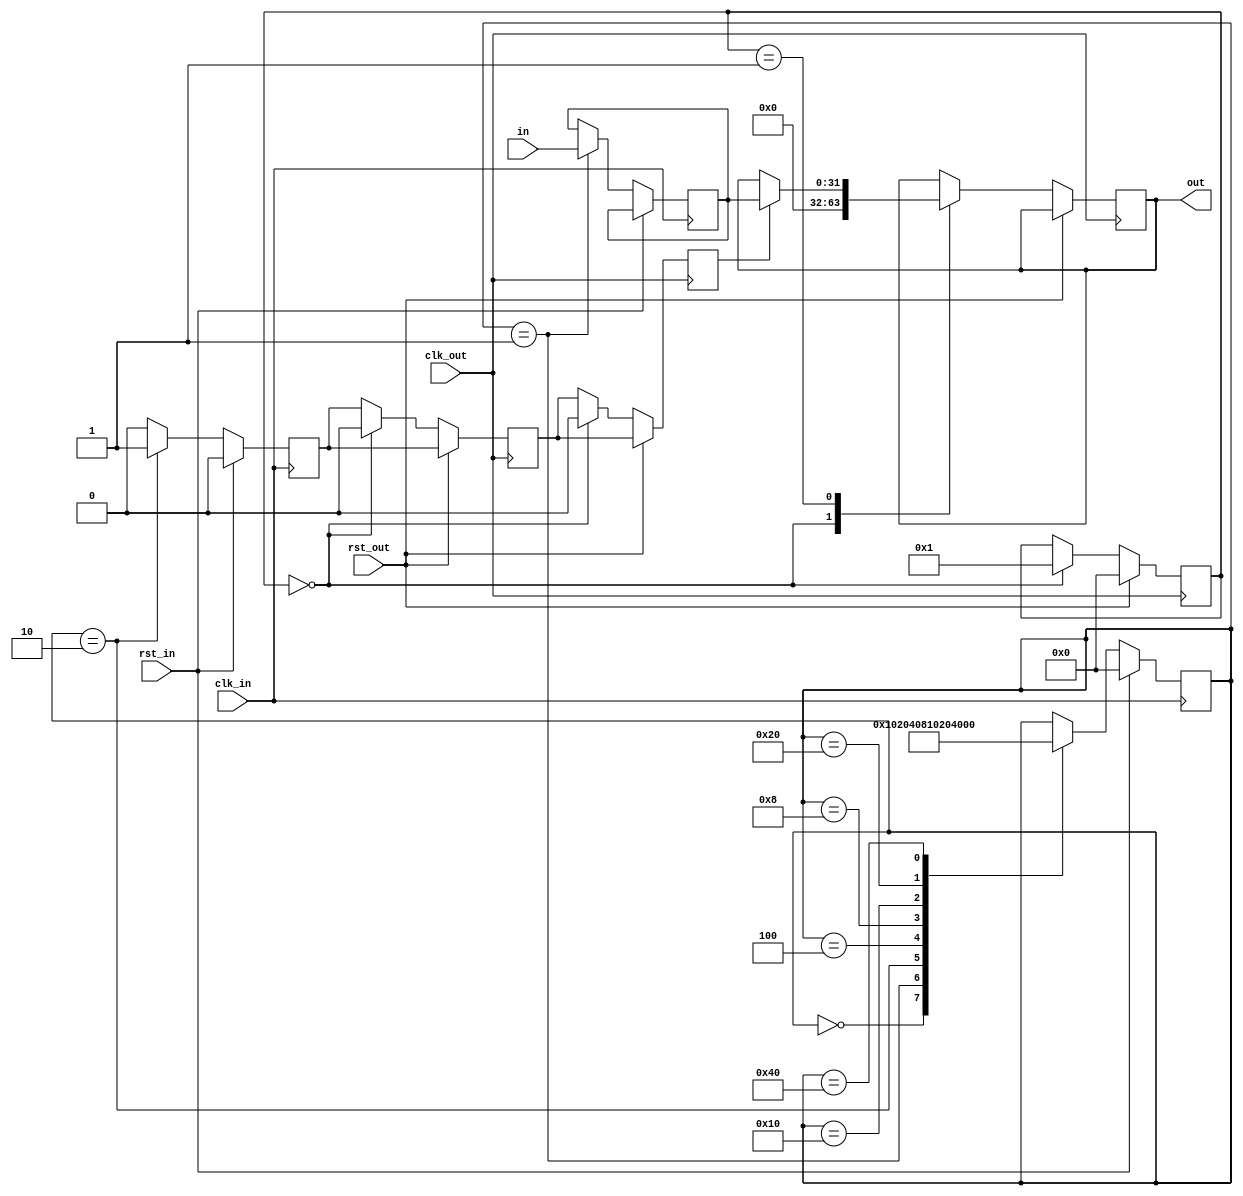
//
// Copyright (c) 2016 University of Cambridge All rights reserved.
//
//
// This software was developed with the support of 
// Prof. Gustavo Sutter and Prof. Sergio Lopez-Buedo and
// University of Cambridge Computer Laboratory NetFPGA team.
//
// @NETFPGA_LICENSE_HEADER_START@
//
// Licensed to NetFPGA C.I.C. (NetFPGA) under one or more
// contributor license agreements.  See the NOTICE file distributed with this
// work for additional information regarding copyright ownership.  NetFPGA
// licenses this file to you under the NetFPGA Hardware-Software License,
// Version 1.0 (the "License"); you may not use this file except in compliance
// with the License.  You may obtain a copy of the License at:
//
//   http://www.netfpga-cic.org
//
// Unless required by applicable law or agreed to in writing, Work distributed
// under the License is distributed on an "AS IS" BASIS, WITHOUT WARRANTIES OR
// CONDITIONS OF ANY KIND, either express or implied.  See the License for the
// specific language governing permissions and limitations under the License.
//
// @NETFPGA_LICENSE_HEADER_END@

//////////////////////////////////////////////////////////////////////////////
//////////////////////////////////////////////////////////////////////////////
`timescale 1ns / 1ps
//`default_nettype none

module xge_sync_type1 # (
    parameter W = 32,
    parameter OUT_PRESET = 'b0
    ) (

    input                    clk_out,         // freq(clk_out) > freq(clk_in)
    input                    rst_out,

    input                    clk_in,
    input                    rst_in,

    input        [W-1:0]     in,
    output       [W-1:0]     out
    );

    // localparam
    localparam s0 = 8'b00000000;
    localparam s1 = 8'b00000001;
    localparam s2 = 8'b00000010;
    localparam s3 = 8'b00000100;
    localparam s4 = 8'b00001000;
    localparam s5 = 8'b00010000;
    localparam s6 = 8'b00100000;
    localparam s7 = 8'b01000000;
    localparam s8 = 8'b10000000;

    //-------------------------------------------------------
    // Local a
    //-------------------------------------------------------
    reg          [7:0]       fsm_a;
    reg                      sync;
    reg          [W-1:0]     cross;

    //-------------------------------------------------------
    // Local b
    //-------------------------------------------------------
    reg          [7:0]       fsm_b;
    (* ASYNC_REG = "TRUE", SHREG_EXTRACT = "NO" *)reg sync_reg0;
    (* ASYNC_REG = "TRUE", SHREG_EXTRACT = "NO" *)reg sync_reg1;
    (* ASYNC_REG = "TRUE" *)reg [W-1:0] async;

    //-------------------------------------------------------
    // assigns
    //-------------------------------------------------------
    assign out = async;

    ////////////////////////////////////////////////
    // a
    ////////////////////////////////////////////////
    always @(posedge clk_in) begin

        if (rst_in) begin  // rst
            sync <= 1'b0;
            fsm_a <= s0;
        end
        
        else begin  // not rst

            sync <= 1'b0;

            case (fsm_a)

                s0 : begin
                    fsm_a <= s1;
                end

                s1 : begin
                    cross <= in;
                    fsm_a <= s2;
                end

                s2 : begin
                    sync <= 1'b1;
                    fsm_a <= s3;
                end

                s3 : fsm_a <= s4;
                s4 : fsm_a <= s5;
                s5 : fsm_a <= s6;
                s6 : fsm_a <= s7;
                s7 : fsm_a <= s0;

            endcase
        end     // not rst
    end  //always

    ////////////////////////////////////////////////
    // b
    ////////////////////////////////////////////////
    always @(posedge clk_out) begin

        sync_reg0 <= sync;
        sync_reg1 <= sync_reg0;

        if (rst_out) begin  // rst
            fsm_b <= s0;
        end
        
        else begin  // not rst

            case (fsm_b)

                s0 : begin
                    sync_reg0 <= 1'b0;
                    sync_reg1 <= 1'b0;
                    async <= OUT_PRESET;
                    fsm_b <= s1;
                end

                s1 : begin
                    if (sync_reg1) begin
                        async <= cross;
                    end
                end

            endcase
        end     // not rst
    end  //always

endmodule // xge_sync_type1

//////////////////////////////////////////////////////////////////////////////
//////////////////////////////////////////////////////////////////////////////